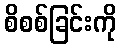
စိစစ်ခြင်းကို